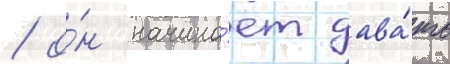
/ о́н начина́ет дава́ть